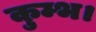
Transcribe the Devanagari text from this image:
कुम्भ।